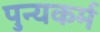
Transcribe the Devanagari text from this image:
पुन्यकर्म